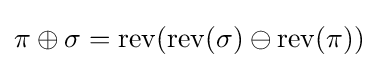
\pi \oplus \sigma =\operatorname {rev} (\operatorname {rev} (\sigma )\ominus \operatorname {rev} (\pi ))